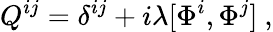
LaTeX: Q^{ij}=\delta^{ij}+i\lambda[\Phi^{i},\Phi^{j}]\ ,